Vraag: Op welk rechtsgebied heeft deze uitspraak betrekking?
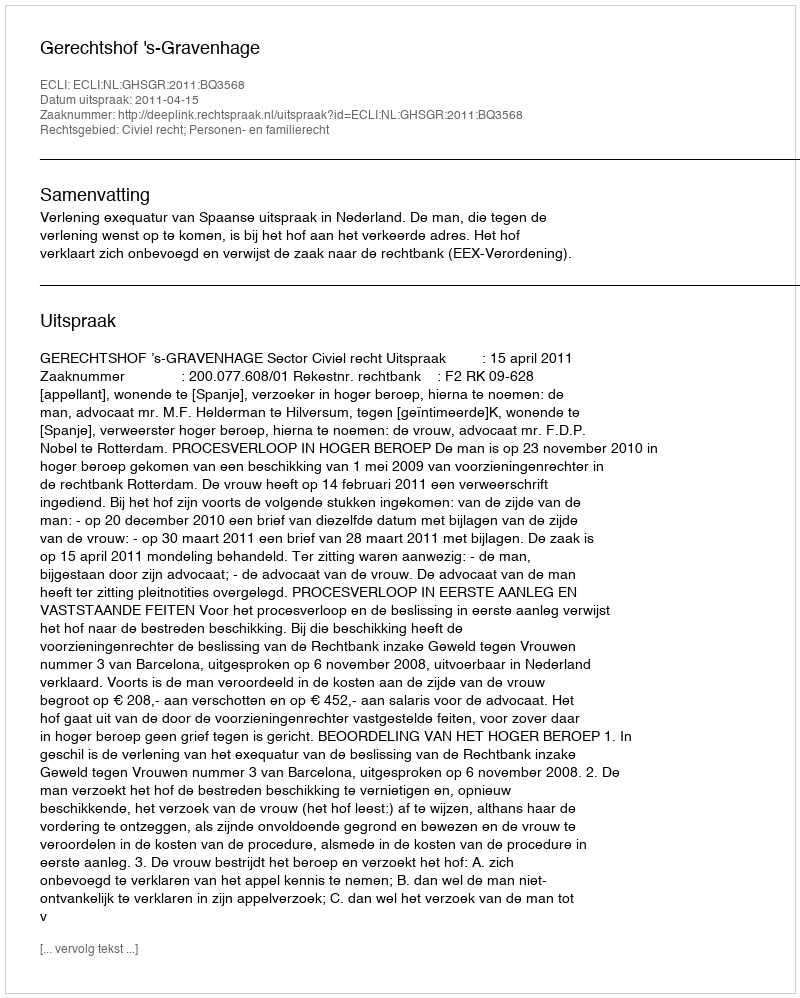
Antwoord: Civiel recht; Personen- en familierecht